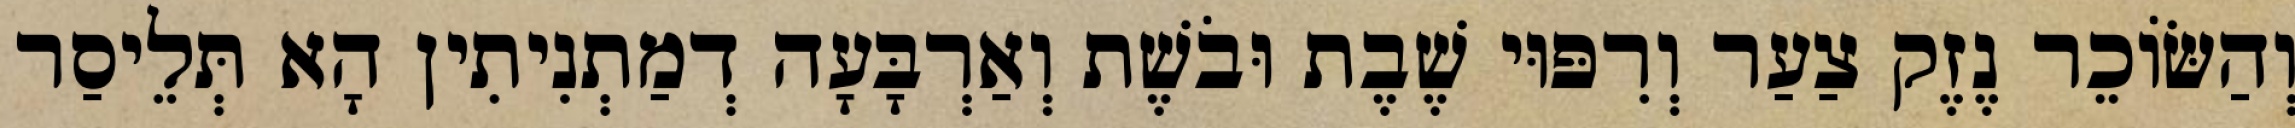
וְהַשּׂוֹכֵר נֶזֶק צַעַר וְרִפּוּי שֶׁבֶת וּבֹשֶׁת וְאַרְבָּעָה דְמַתְנִיתִין הָא תְּלֵיסַר